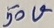
Text: 50V